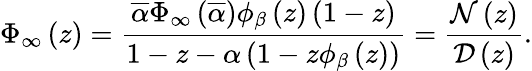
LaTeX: \Phi_{\infty}\left(z\right)=\frac{\overline{{\alpha}}\Phi_{\infty}\left(\overline{{\alpha}}\right)\phi_{\beta}\left(z\right)\left(1-z\right)}{1-z-\alpha\left(1-z\phi_{\beta}\left(z\right)\right)}=\frac{{\cal N}\left(z\right)}{{\cal D}\left(z\right)}.